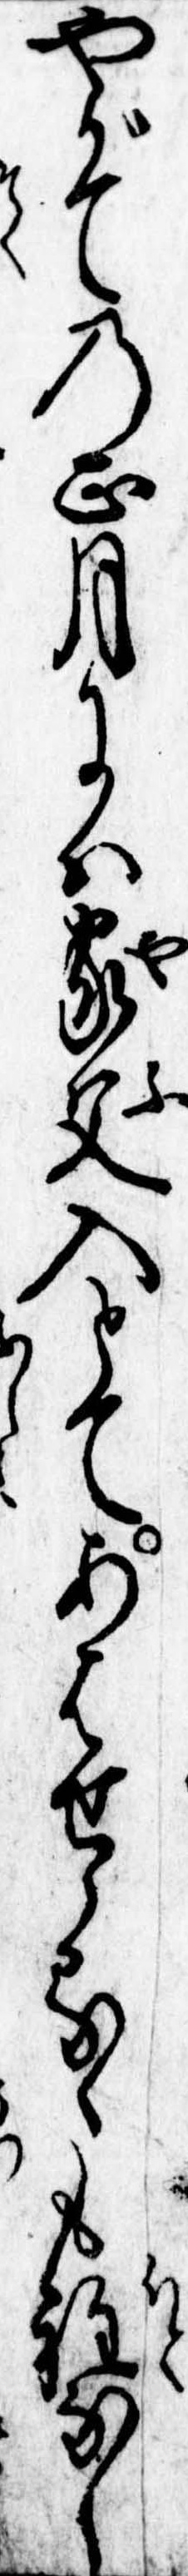
やがての正月には家父入とてあはせらるゝも程なし